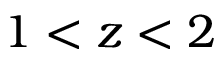
1 < z < 2